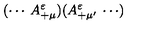
( \cdots \: A _ { + \mu } ^ { \varepsilon } ) ( A _ { + \mu ^ { \prime } } ^ { \varepsilon } \: \cdots )